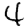
Digit: 4